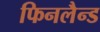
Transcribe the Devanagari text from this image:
फिनलैन्ड